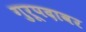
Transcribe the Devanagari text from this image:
गुरूपदावर